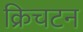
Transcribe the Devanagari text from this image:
क्रिचटन